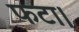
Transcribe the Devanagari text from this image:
फटा।